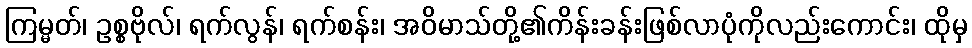
ကြမ္မတ်၊ ဥစ္စဗိုလ်၊ ရက်လွန်၊ ရက်စန်း၊ အဝိမာသ်တို့၏ကိန်းခန်းဖြစ်လာပုံကိုလည်းကောင်း၊ ထိုမှ